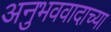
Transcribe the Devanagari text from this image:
अनुभववादाच्या